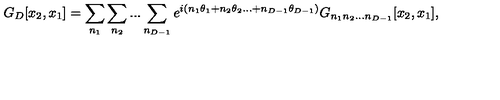
G _ { D } [ x _ { 2 } , x _ { 1 } ] = \sum _ { n _ { 1 } } \sum _ { n _ { 2 } } . . . \sum _ { n _ { D - 1 } } e ^ { i ( n _ { 1 } \theta _ { 1 } + n _ { 2 } \theta _ { 2 } . . . + n _ { D - 1 } \theta _ { D - 1 } ) } G _ { n _ { 1 } n _ { 2 } . . . n _ { D - 1 } } [ x _ { 2 } , x _ { 1 } ] ,